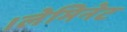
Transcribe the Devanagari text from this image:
।लेमिनेट